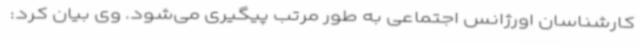
کارشناسان اورژانس اجتماعی به طور مرتب پیگیری می‌شود. وی بیان کرد: